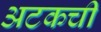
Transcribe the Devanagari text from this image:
अटकची